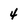
Character: 4